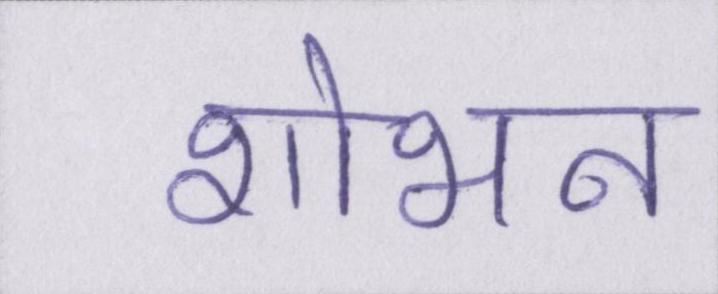
शोभन